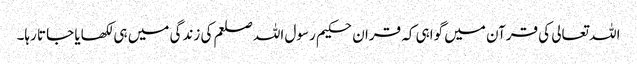
اللہ تعالی کی قرآن میں گواہی کہ قران حکیم رسول اللہ صلعم کی زندگی میں ہی لکھایا جاتا رہا۔